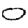
Digit: 0